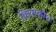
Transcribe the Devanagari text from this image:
क्रियाकोश